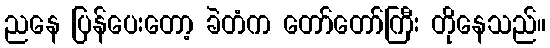
ညနေ ပြန်ပေးတော့ ခဲတံက တော်တော်ကြီး တိုနေသည်။